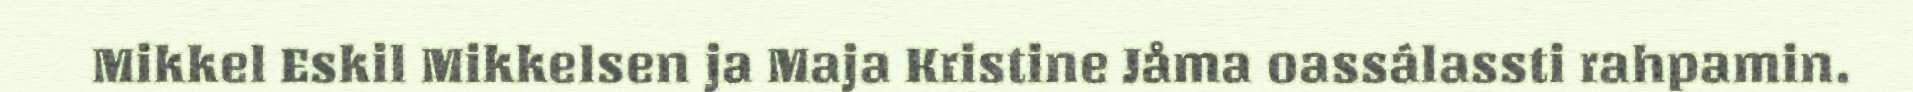
Mikkel Eskil Mikkelsen ja Maja Kristine Jåma oassálassti rahpamin.